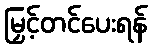
မြှင့်တင်ပေးရန်